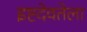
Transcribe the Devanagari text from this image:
इष्टदेवतेला